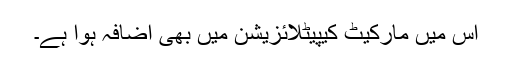
اس میں مارکیٹ کیپیٹلائزیشن میں بھی اضافہ ہوا ہے۔